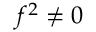
f ^ { 2 } \neq 0